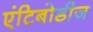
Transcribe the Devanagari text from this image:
एंटिबोडीज